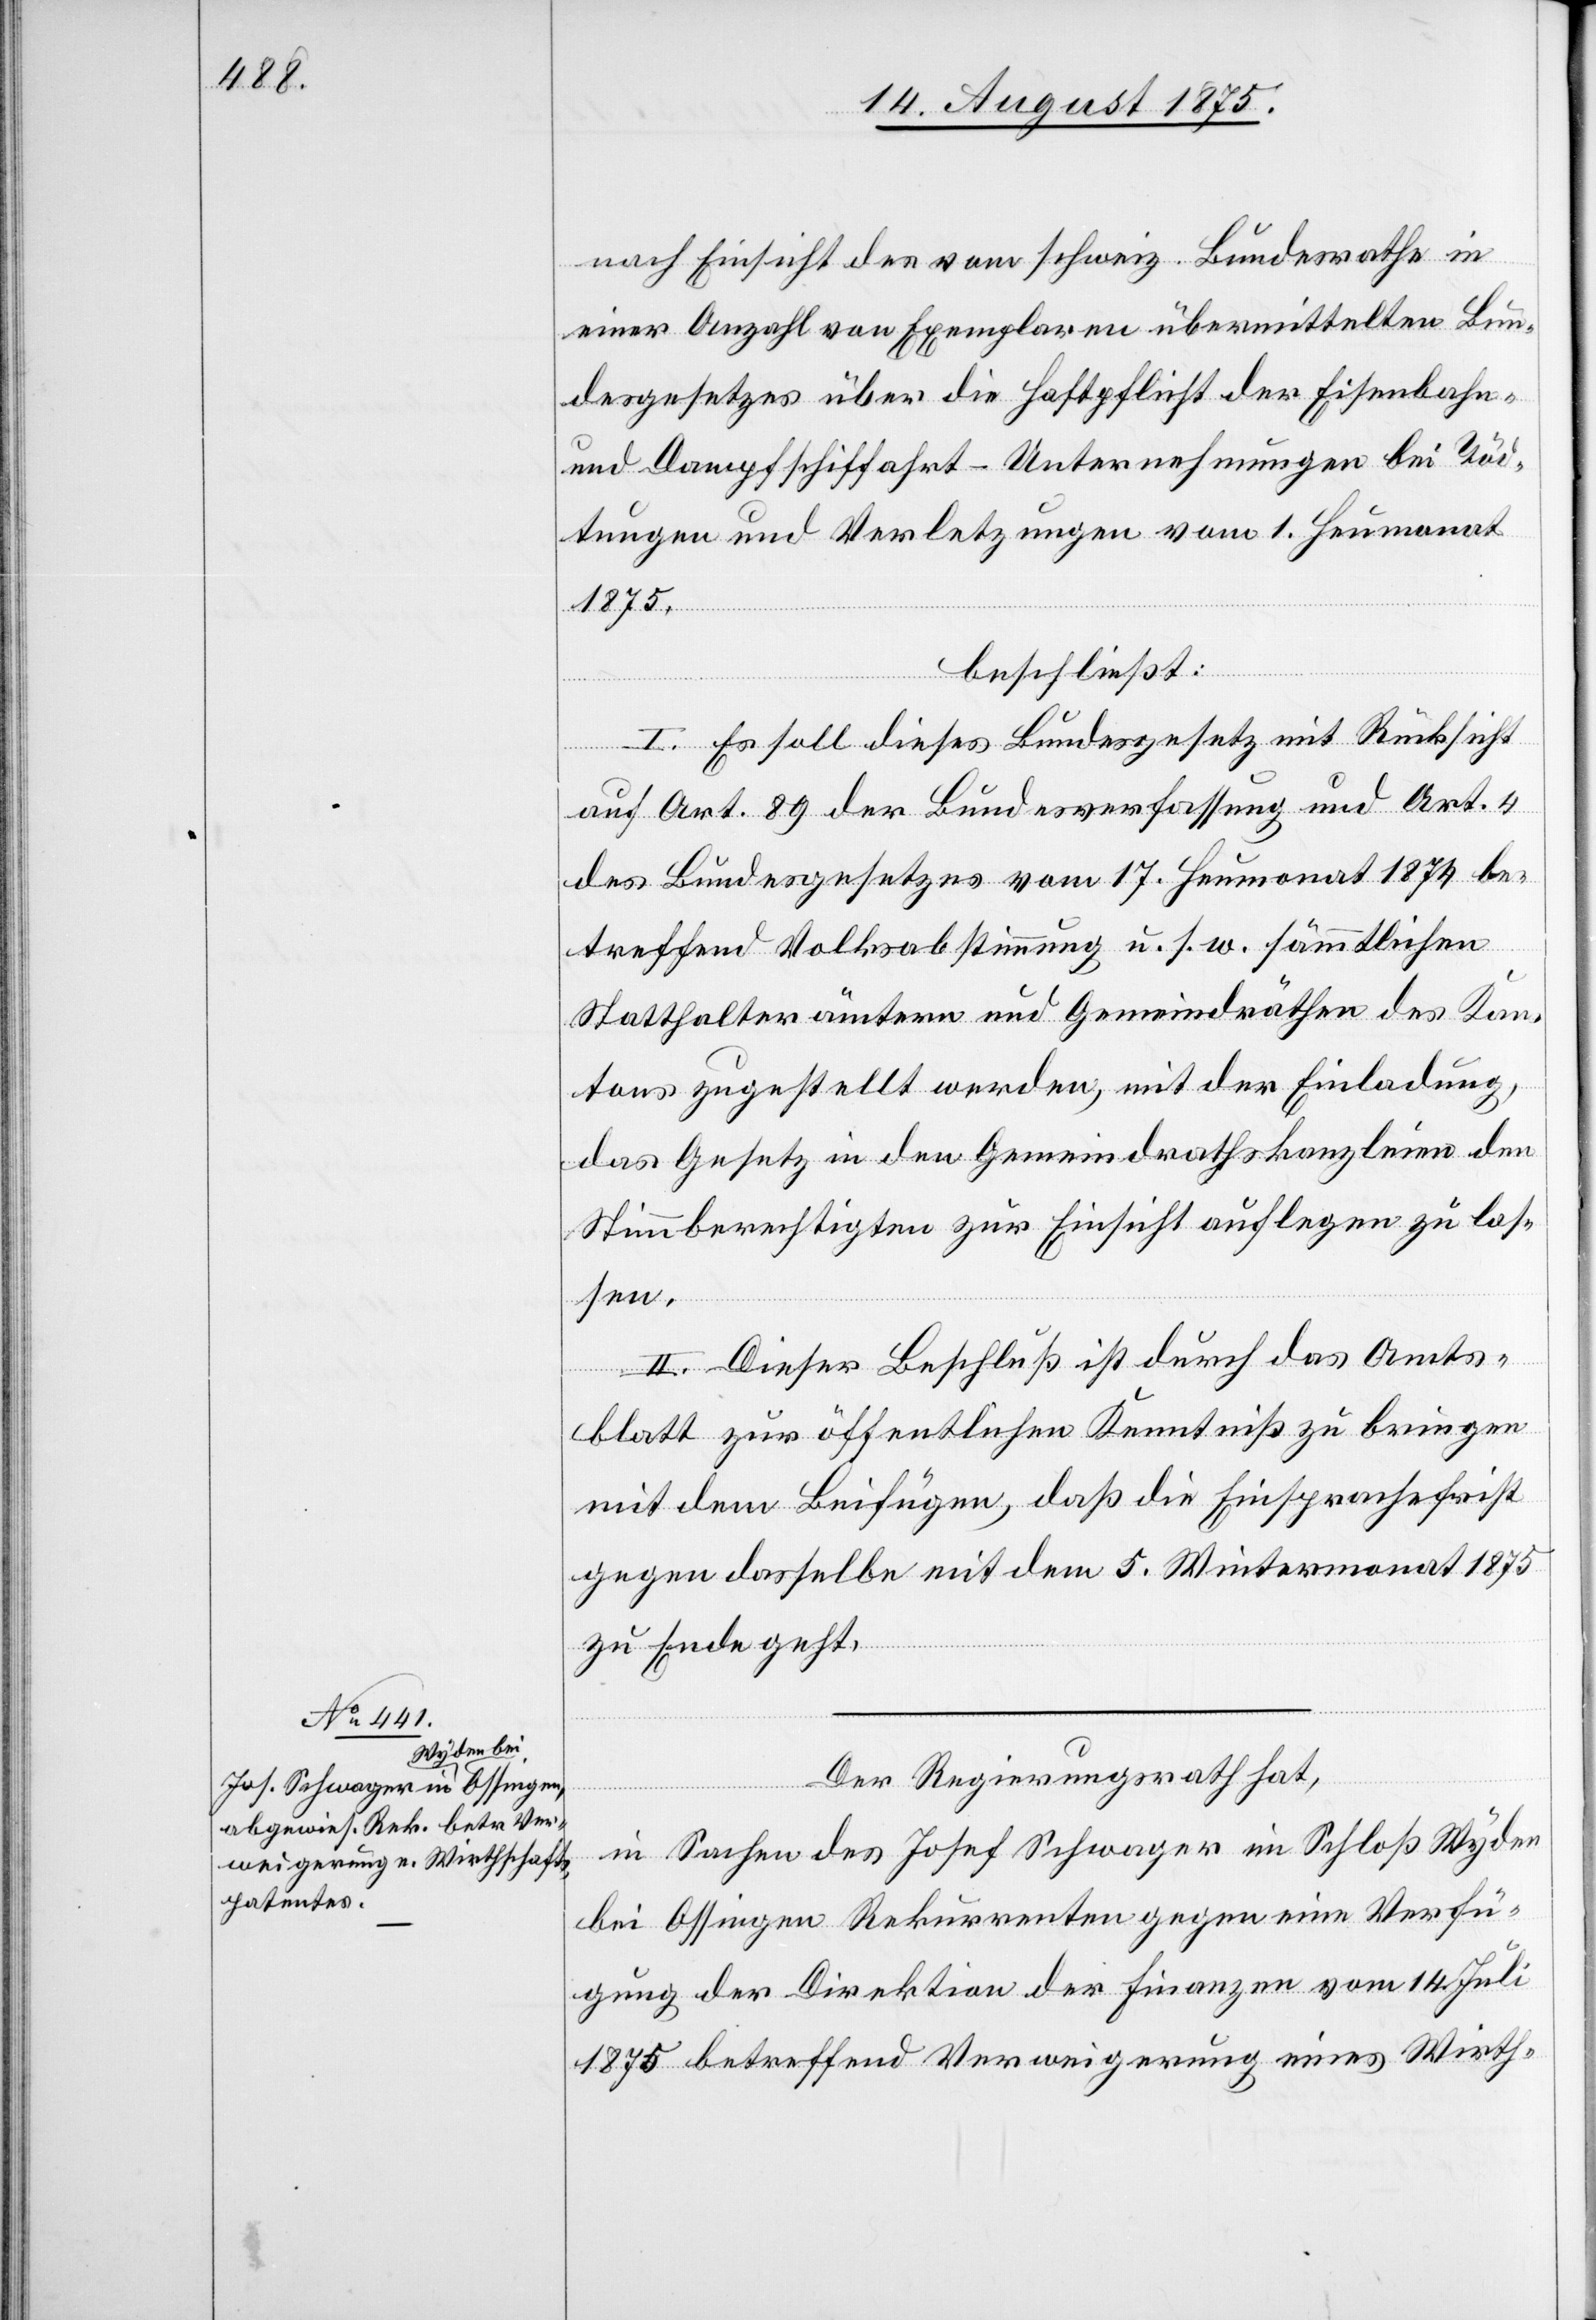
nach Einsicht des vom schweiz. Bundesrathe in
einer Anzahl von Exemplaren übermittelten Bun¬
desgesetzes über die Haftpflicht der Eisenbahn-
und Dampfschiffahrt-Unternehmungen bei Töd¬
tungen und Verletzungen vom 1. Heumonat
1875,
beschließt:
I. Es soll dieses Bundesgesetz mit Rücksicht
auf Art. 89 der Bundesverfassung und Art. 4
des Bundesgesetzes vom 17. Heumonat 1874 be¬
treffend Volksabstimmung u. s. w. sämmtlichen
Statthalterämtern und Gemeindräthen zugestellt
das Gesetz in den Gemeindrathskanzleien den
Stimmberechtigten zur Einsicht auflegen zu las¬
sen.
II. Dieser Beschluß ist durch das Amts¬
blatt zur öffentlichen Kenntniß zu bringen
mit dem Beifügen, daß die Einsprachefrist
gegen dasselbe mit dem 5. Wintermonat 1875
zu Ende geht.
Der Regierungsrath hat,
in Sachen des Josef Schwager im Schloß Wyden
bei Ossingen[,] Rekurrenten gegen eine Verfü¬
gung der Direktion der Finanzen vom 14. Juli
1875 betreffend Verweigerung eines Wirth-